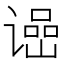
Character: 𬤠